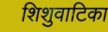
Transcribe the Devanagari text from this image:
शिशुवाटिका